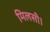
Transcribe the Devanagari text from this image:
मिलसी।